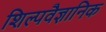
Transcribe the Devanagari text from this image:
शिल्पवैज्ञानिक